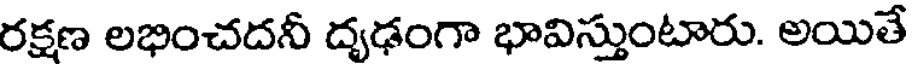
రక్షణ లభించదనీ దృఢంగా భావిస్తుంటారు. అయితే